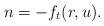
\begin{align*} n=-f_t(r,u). \end{align*}